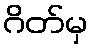
ဂိတ်မှ